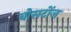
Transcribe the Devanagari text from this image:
बोसटोंज़